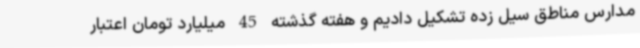
مدارس مناطق سیل زده تشکیل دادیم و هفته گذشته 45 میلیارد تومان اعتبار